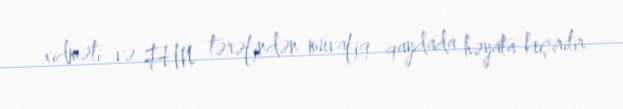
xidməti və FHN tərəfindən müvafiq qaydada həyata keçirilir.